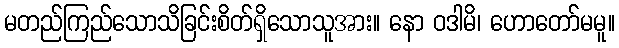
မတည်ကြည်သောသိခြင်းစိတ်ရှိသောသူအား။ နော ဝဒါမိ၊ ဟောတော်မမူ။